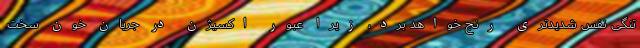
تنگی نفس شدیدتری رنج خواهد برد، زیرا عبور اکسیژن در جریان خون سخت